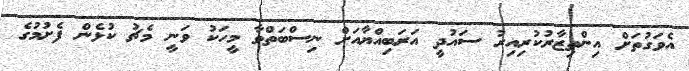
އެވަގުތަށް އިންތިޒާރުކުރިއިރު ސައުދީ އަރަބިއްޔާއަށް ނިސްބަތްވާ މީހަކު ވަނީ މެޗު ކުޅެން ފެށުމުގެ